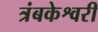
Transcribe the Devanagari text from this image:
त्रंबकेश्वरी